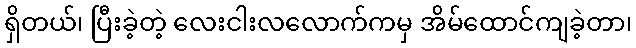
ရှိတယ်၊ ပြီးခဲ့တဲ့ လေးငါးလလောက်ကမှ အိမ်ထောင်ကျခဲ့တာ၊